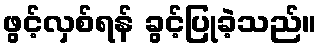
ဖွင့်လှစ်ရန် ခွင့်ပြုခဲ့သည်။